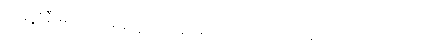
တချို့ဇနီးများက အဆင့်အတန်းမြင့်သောယောကျာ်းမျိုးကို ရထားပေမယ့်